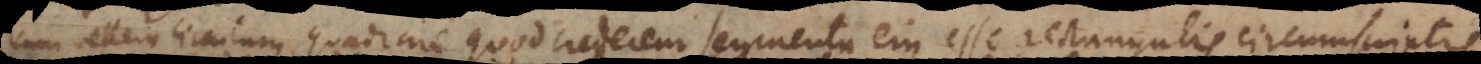
cum vellem circulum quadrare quod crederem segmenta ejus esse rectangulis circumscriptis